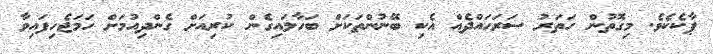
ޕާކެކެވެ. މިގޮތުން ހަތަރު ސަރަޙައްދެއް އެކި ބޭނުންތަކަށް ބަހާލައިގެން ކުރިއަށް ގެންދިއުމަށް ހަމަޖެހިފައިވާ